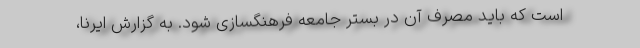
است که باید مصرف آن در بستر جامعه فرهنگسازی شود. به گزارش ایرنا،